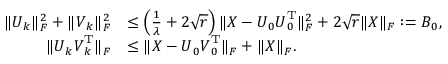
\begin{array} { r l } { \| \boldsymbol { U } _ { k } \| _ { F } ^ { 2 } + \| \boldsymbol { V } _ { k } \| _ { F } ^ { 2 } } & { \leq \left( \frac { 1 } { \lambda } + 2 \sqrt { r } \right) \| \boldsymbol { X } - \boldsymbol { U } _ { 0 } \boldsymbol { U } _ { 0 } ^ { \mathrm { T } } \| _ { F } ^ { 2 } + 2 \sqrt { r } \| \boldsymbol { X } \| _ { F } : = B _ { 0 } , } \\ { \| \boldsymbol { U } _ { k } \boldsymbol { V } _ { k } ^ { \mathrm { T } } \| _ { F } } & { \leq \| \boldsymbol { X } - \boldsymbol { U } _ { 0 } \boldsymbol { V } _ { 0 } ^ { \mathrm { T } } \| _ { F } + \| \boldsymbol { X } \| _ { F } . } \end{array}